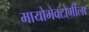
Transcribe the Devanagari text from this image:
मायोमेक्टोमीला